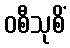
ဝစီသုစိံ